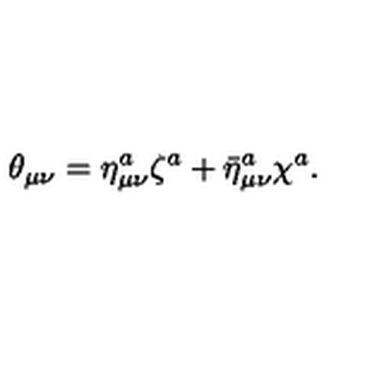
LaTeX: \theta _ { \mu \nu } = \eta _ { \mu \nu } ^ { a } \zeta ^ { a } + { \bar { \eta } } _ { \mu \nu } ^ { a } \chi ^ { a } .